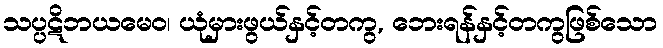
သပ္ပဋိဘယမေဝ၊ ယုံမှားဖွယ်နှင့်တကွ, ဘေးရန်နှင့်တကွဖြစ်သော